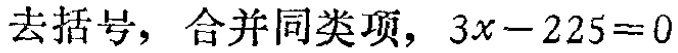
去括号，合并同类项，\(3x - 225 = 0\)